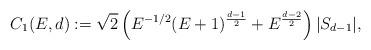
LaTeX: \begin{align*} C_1(E,d):= \sqrt{2} \left( E^{-1/2} ( E+1)^{\frac{d-1}{2}} + E^{\frac{d-2}{2}} \right) |S_{d-1}|, \end{align*}